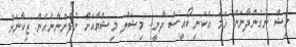
މިޝް ނުގެންދާނަން ހަމަ އެކަނި ބޯއީސް ދާނީ.. މިޝަލް މިޝްޔާއަށް ނުފެންނާނެހެން ޒިކާނަށް